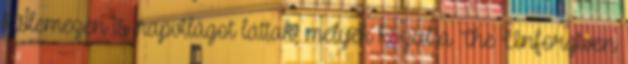
kislemezen is napvilágot láttak, melyek közül a The Unforgiven